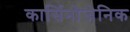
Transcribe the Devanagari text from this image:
कार्सिनोजेनिक